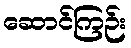
ဆောင်ကြဉ်း